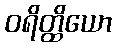
ဝရိတ္ထိယော